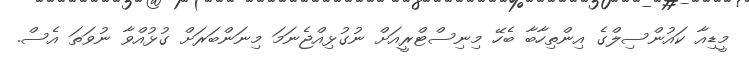
މީޑިއާ ކައުންސިލްގެ އިންތިހާބާ ބެހޭ މިނިސްޓްރީއަށް ނުގުޅިއްޖެނަމަ މިނަންބަރަށް ގުޅުއްވާ ނުވަތަ އެސް.